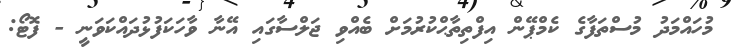
މުހައްމަދު މުސްތަފާގެ ކެމްޕޭން އިފްތިތާޙްކުރުމަށް ބެއްވި ޖަލްސާގައި އޭނާ ވާހަކަފުޅުދައްކަވަނީ - ފޮޓޯ: